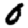
Digit: 0